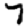
Digit: 7